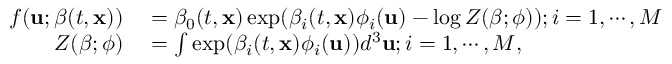
\begin{array} { r l } { f ( \mathbf { u } ; \boldsymbol { \beta } ( t , \mathbf { x } ) ) } & { { } = \beta _ { 0 } ( t , \mathbf { x } ) \exp ( \beta _ { i } ( t , \mathbf { x } ) \phi _ { i } ( \mathbf { u } ) - \log Z ( \boldsymbol { \beta } ; \boldsymbol { \phi } ) ) ; i = 1 , \cdots , M } \\ { Z ( \boldsymbol { \beta } ; \boldsymbol { \phi } ) } & { { } = \int \exp ( \beta _ { i } ( t , \mathbf { x } ) \phi _ { i } ( \mathbf { u } ) ) d ^ { 3 } \mathbf { u } ; i = 1 , \cdots , M , } \end{array}